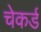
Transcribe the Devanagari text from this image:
चेकर्ड